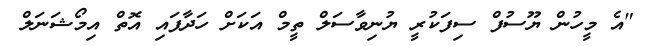
"އެ މީހުން ޔޫސުފް ސިފަކުރީ ޔުނިވާސަލް ތީމް އަކަށް ހަދާފައި އޮތް އިމޯޝަނަލް